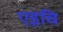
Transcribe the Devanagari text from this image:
एइचि